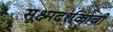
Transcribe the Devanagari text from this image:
सूक्ष्मदर्शकाची